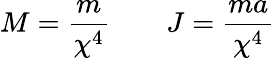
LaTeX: M=\frac{m}{\chi^{4}}\qquad J=\frac{ma}{\chi^{4}}